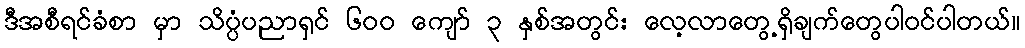
ဒီအစီရင်ခံစာ မှာ သိပ္ပံပညာရှင် ၆၀၀ ကျော် ၃ နှစ်အတွင်း လေ့လာတွေ့ရှိချက်တွေပါဝင်ပါတယ်။